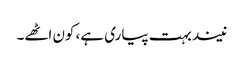
نیند بہت پیاری ہے، کون اٹھے۔